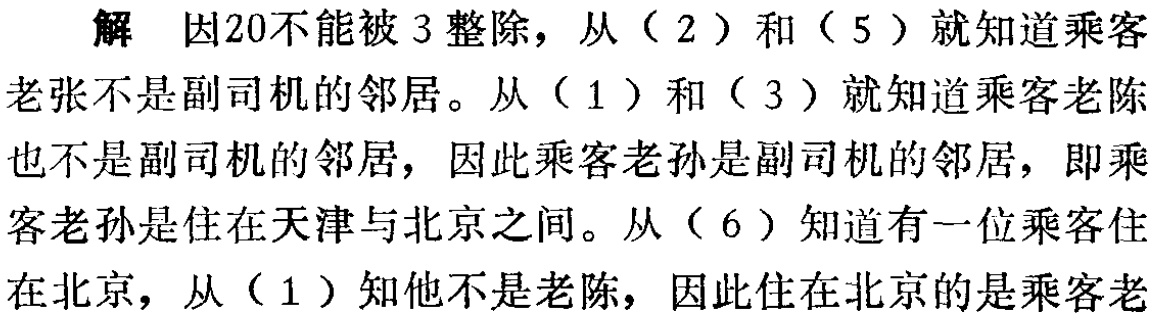
解 因20不能被3整除，从（2）和（5）就知道乘客

老张不是副司机的邻居。从（1）和（3）就知道乘客老陈

也不是副司机的邻居，因此乘客老孙是副司机的邻居，即乘

客老孙是住在天津与北京之间。从（6）知道有一位乘客住

在北京，从（1）知他不是老陈，因此住在北京的是乘客老